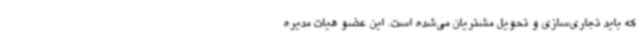
که باید تجاری‌سازی و تحویل مشتریان می‌شده است. این عضو هیات مدیره